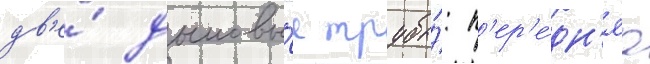
дв'е́ дымовы́е трубы́: п'ер'е́дн'яа